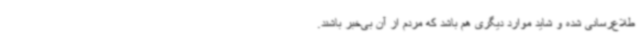
طلاع‌رسانی شده و شاید موارد دیگری هم باشد که مردم از آن بی‌خبر باشند.